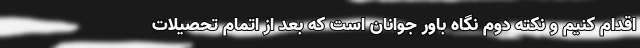
اقدام کنیم و نکته دوم نگاه باور جوانان است که بعد از اتمام تحصیلات